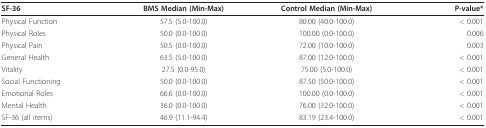
<table><thead><tr><td><b>SF-36</b></td><td><b>BMS Median (Min-Max)</b></td><td><b>Control Median (Min-Max)</b></td><td><b>P-value*</b></td></tr></thead><tbody><tr><td>Physical Function</td><td>57.5 (5.0-100.0)</td><td>80.00 (40.0-100.0)</td><td>&lt; 0.001</td></tr><tr><td>Physical Roles</td><td>50.0 (0.0-100.0)</td><td>100.00 (0.0-100.0)</td><td>0.006</td></tr><tr><td>Physical Pain</td><td>50.5 (0.0-100.0)</td><td>72.00 (10.0-100.0)</td><td>0.003</td></tr><tr><td>General Health</td><td>63.5 (5.0-100.0)</td><td>87.00 (12.0-100.0)</td><td>&lt; 0.001</td></tr><tr><td>Vitality</td><td>27.5 (0.0-95.0)</td><td>75.00 (5.0-100.0)</td><td>&lt; 0.001</td></tr><tr><td>Social Functioning</td><td>50.0 (0.0-100.0)</td><td>87.50 (50.0-100.0)</td><td>&lt; 0.001</td></tr><tr><td>Emotional Roles</td><td>66.6 (0.0-100.0)</td><td>100.00 (0.0-100.0)</td><td>&lt; 0.001</td></tr><tr><td>Mental Health</td><td>36.0 (0.0-100.0)</td><td>76.00 (32.0-100.0)</td><td>&lt; 0.001</td></tr><tr><td>SF-36 (all items)</td><td>46.9 (11.1-94.4)</td><td>83.19 (23.4-100.0)</td><td>&lt; 0.001</td></tr></tbody></table>